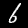
Label: 6